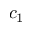
c _ { 1 }